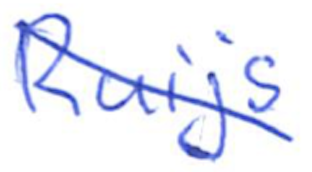
Text: Ruijs
Cross-out: diagonal
Writing tool: ballpoint